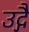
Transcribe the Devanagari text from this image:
उद्गै